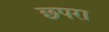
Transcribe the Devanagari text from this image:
छ्परा